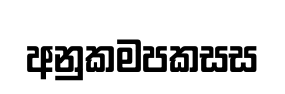
අනුකමපකසස